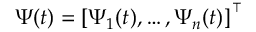
\boldsymbol { \Psi } ( t ) = \left[ \Psi _ { 1 } ( t ) , \ldots , \Psi _ { n } ( t ) \right] ^ { \intercal }